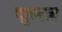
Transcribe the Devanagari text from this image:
शुल्त्ज़